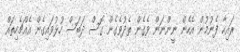
ރައިހާ ފެނުމުން އެހެން ނީންނަން ވެގެން ތެދުވެގެން ގޮސް ދަބަސް ހުޅުވައިގެން އެއްޗެހިތައް